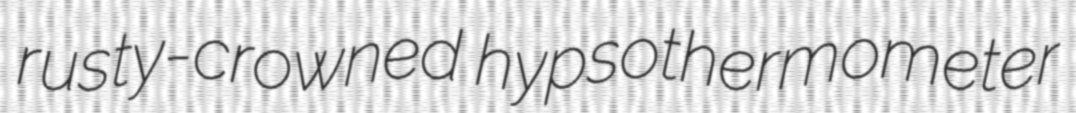
rusty-crowned hypsothermometer